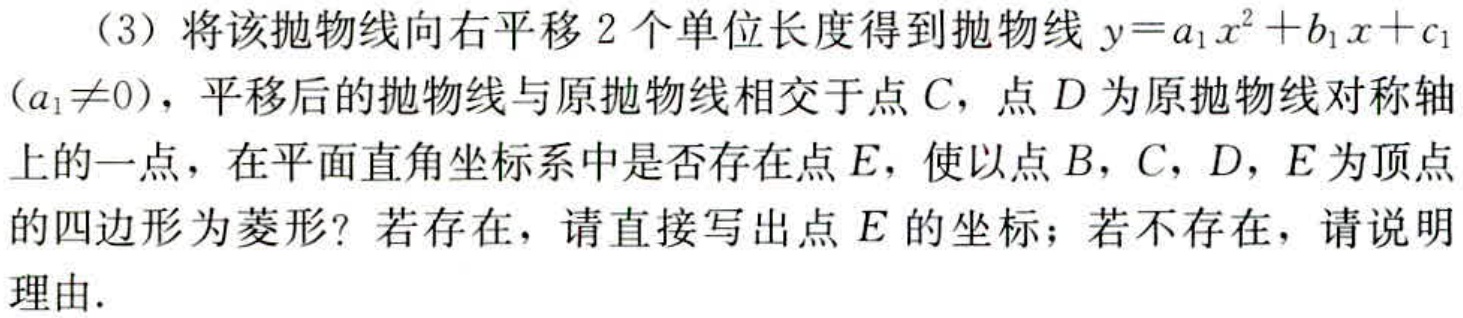
（3）将该抛物线向右平移$2$个单位长度得到抛物线$y = a_{1}x^{2}+b_{1}x + c_{1}$$(a_{1}\neq0)$，平移后的抛物线与原抛物线相交于点$C$，点$D$为原抛物线对称轴上的一点，在平面直角坐标系中是否存在点$E$，使以点$B$，$C$，$D$，$E$为顶点的四边形为菱形？若存在，请直接写出点$E$的坐标；若不存在，请说明理由.